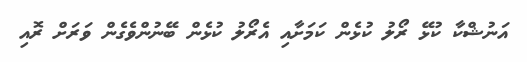
އަނުޝްކާ ކުޅޭ ރޯލު ކުޅެން ކަމަށާއި އެރޯލު ކުޅެން ބޭނުންވެގެން ވަރަށް ރޮއި